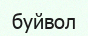
буйвол